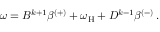
\begin{array} { r } { \omega = B ^ { k + 1 } \beta ^ { ( + ) } + \omega _ { \mathrm { H } } + D ^ { k - 1 } \beta ^ { ( - ) } \, . } \end{array}